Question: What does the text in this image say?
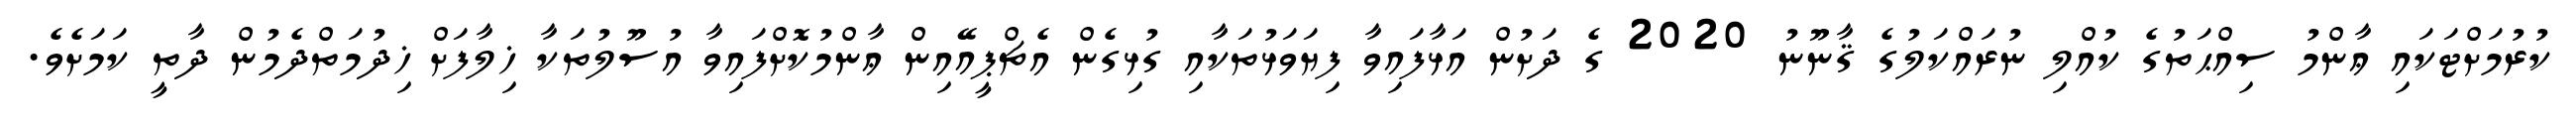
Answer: ކުރުމަށްޓަކައި ޢާންމު ސިއްޙަތުގެ ކުއްލި ނުރައްކަލުގެ ޤާނޫނު 2020 ގެ ދަށުން އަޅާފައިވާ ފިޔަވަޅުތަކާއި ގުޅިގެން އެޗްޕީއޭއިން ޢާންމުކޮށްފައިވާ އުސޫލުތަކާ ޚިލާފަށް ޚިދުމަތްދެމުން ދާތީ ކަމަށެވެ.